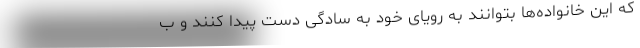
که این خانواده‌ها بتوانند به رویای خود به سادگی دست پیدا کنند و ب